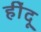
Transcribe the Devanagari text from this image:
हींदू